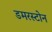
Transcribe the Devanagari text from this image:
डमरस्टोन